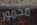
مخمور